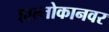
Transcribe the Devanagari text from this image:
हाल्तोकानवर